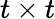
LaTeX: t\times t